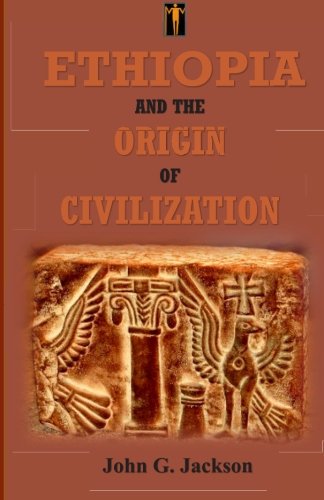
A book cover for Ethiopia and the Origin of Civilization; John G. Jackson; History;